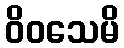
ဝိဝသေမိ